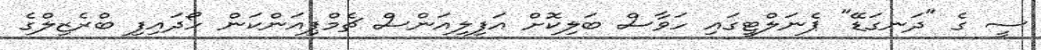
ސީ ގެ "ދަނގަޑޭ" ޕެނަލްޓީގައި ހަވާސް ބަލިކޮށް އަފިލިއަންސް ޗެމްޕިއަންކަން ހޯދައިފި ބްރެޒިލްގެ